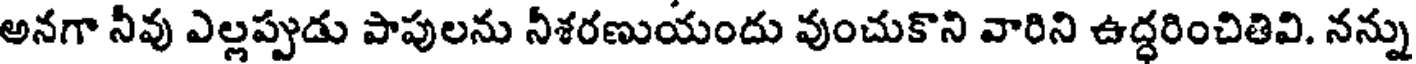
అనగా నీవు ఎల్లప్పుడు పాపులను నీశరణుయందు వుంచుకొని వారిని ఉద్ధరించితివి. నన్ను